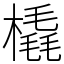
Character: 橇